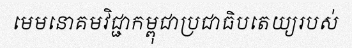
មេមនោគមវិជ្ជាកម្ពុជាប្រជាធិបតេយ្យរបស់